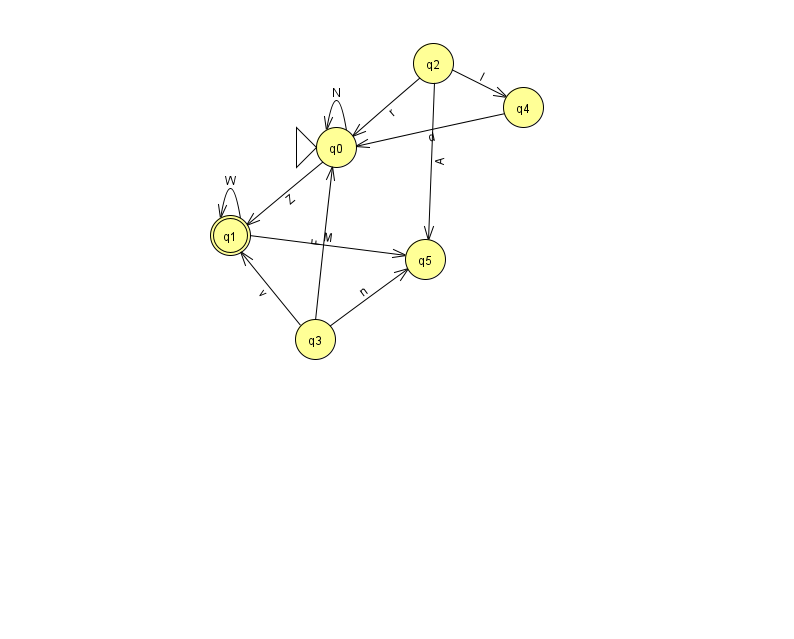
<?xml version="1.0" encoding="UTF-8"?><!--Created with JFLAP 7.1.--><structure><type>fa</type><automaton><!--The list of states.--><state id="0" name="q0"><x>336.0</x><y>134.0</y><initial/></state><state id="1" name="q1"><x>230.0</x><y>222.0</y><final/></state><state id="2" name="q2"><x>433.0</x><y>50.0</y></state><state id="3" name="q3"><x>315.0</x><y>326.0</y></state><state id="4" name="q4"><x>523.0</x><y>94.0</y></state><state id="5" name="q5"><x>425.0</x><y>246.0</y></state><!--The list of transitions.--><transition><from>1</from><to>5</to><read>M</read></transition><transition><from>3</from><to>1</to><read>v</read></transition><transition><from>0</from><to>1</to><read>Z</read></transition><transition><from>3</from><to>5</to><read>n</read></transition><transition><from>1</from><to>1</to><read>W</read></transition><transition><from>2</from><to>0</to><read>r</read></transition><transition><from>2</from><to>4</to><read>I</read></transition><transition><from>2</from><to>5</to><read>A</read></transition><transition><from>0</from><to>0</to><read>N</read></transition><transition><from>3</from><to>0</to><read>F</read></transition><transition><from>4</from><to>0</to><read>d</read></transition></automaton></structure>